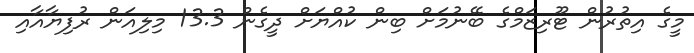
މީގެ އިތުރުން ޓޫރިޒަމްގެ ބޭނުމަށް ބިން ކުއްޔަށް ދީގެން 13.3 މިލިއަން ރުފިޔާއާއި